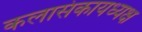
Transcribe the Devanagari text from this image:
कलासंकायध्यक्ष